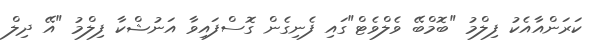
ކަރަންއާއެކު ފިލްމު "ބޮމްބޭ ވެލްވެޓް"ގައި ފެނިގެން ގޮސްފައިވާ އަނުޝްކާ ފިލްމު "އޭ ދިލް